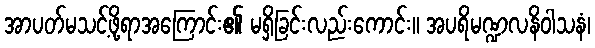
အာပတ်မသင့်ဖို့ရာအကြောင်း၏ မရှိခြင်းလည်းကောင်း။ အပရိမဏ္ဍလနိဝါသနံ၊